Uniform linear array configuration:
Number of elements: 64
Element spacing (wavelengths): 1
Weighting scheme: hamming
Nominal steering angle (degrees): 45
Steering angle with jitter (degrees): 45.501
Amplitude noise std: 0.05
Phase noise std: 0.05

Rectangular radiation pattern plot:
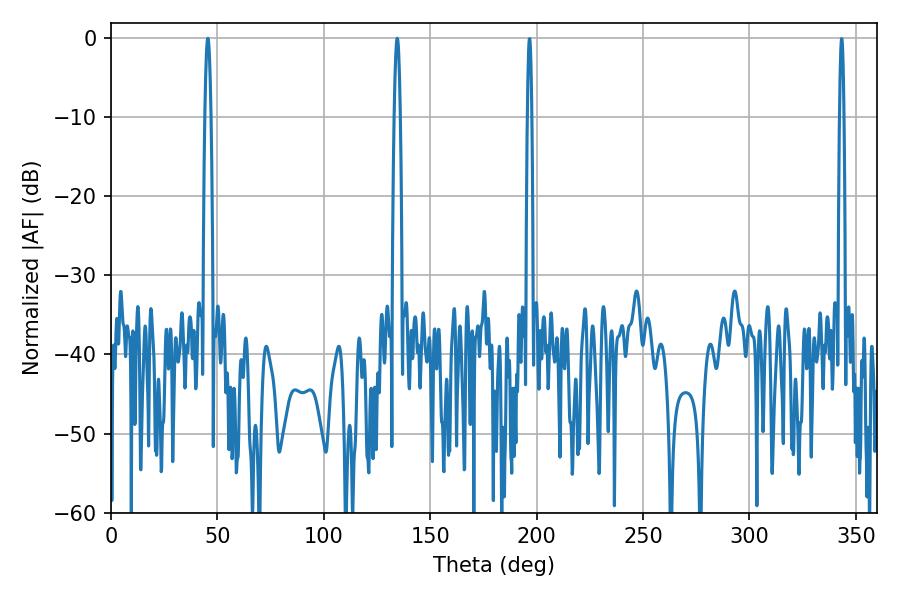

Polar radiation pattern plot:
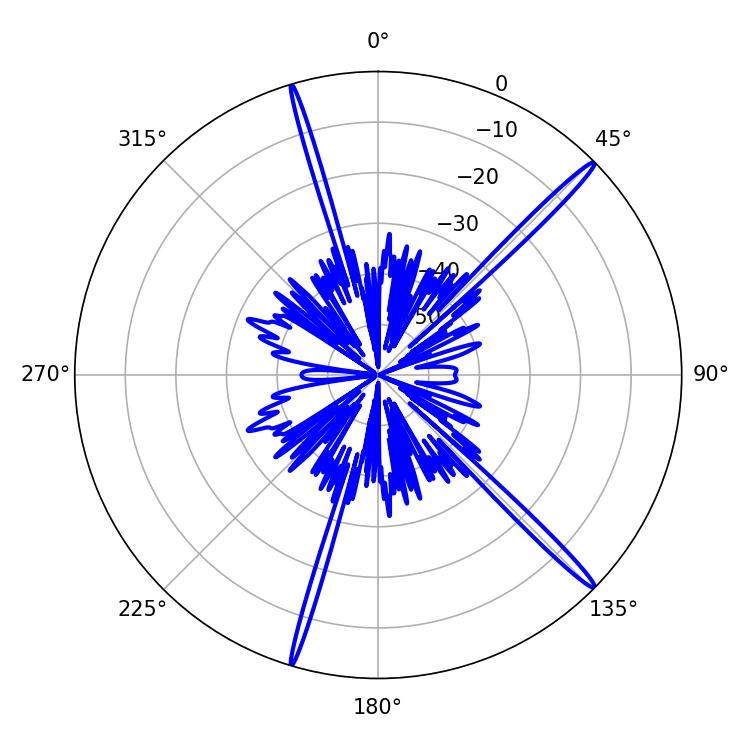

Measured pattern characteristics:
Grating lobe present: TRUE
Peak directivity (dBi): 18.133
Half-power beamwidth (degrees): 1.44
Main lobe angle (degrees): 45.54